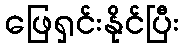
ဖြေရှင်းနိုင်ပြီး